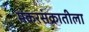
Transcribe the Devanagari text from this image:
मकरसंक्रातीला